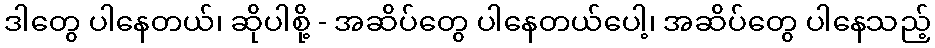
ဒါတွေ ပါနေတယ်၊ ဆိုပါစို့ - အဆိပ်တွေ ပါနေတယ်ပေါ့၊ အဆိပ်တွေ ပါနေသည့်